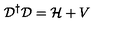
{ \cal { D } } ^ { \dagger } { \cal { D } } = { \cal { H } } + V